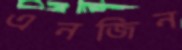
এনজিন